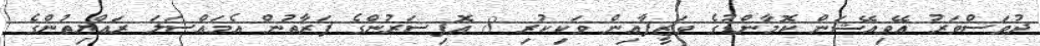
ދުވަސްވަރު އޭވިއޭޝަން ކޮމާންޑުގެ ވަޒީފާއިން ވަކިކުރި 8 އޮފިސަރުންގެ ފަރާތުން އެމައްސަަލަ ރައްޔިތުންގެ